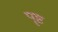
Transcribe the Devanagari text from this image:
पॄष्ट